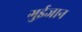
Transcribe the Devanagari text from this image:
गुईजान